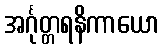
အင်္ဂုတ္တရနိကာယော